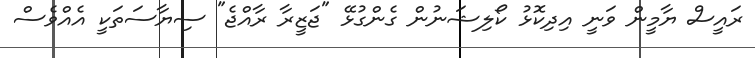
ރައީސް ޔާމީން ވަނީ އިދިކޮޅު ކޯލިޝަނުން ގެންގުޅޭ "ޖަޒީރާ ރާއްޖެ" ސިޔާސަތަކީ އެއްވެސް